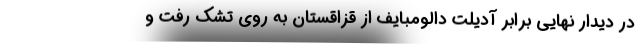
در دیدار نهایی برابر آدیلت دالومبایف از قزاقستان به روی تشک رفت و